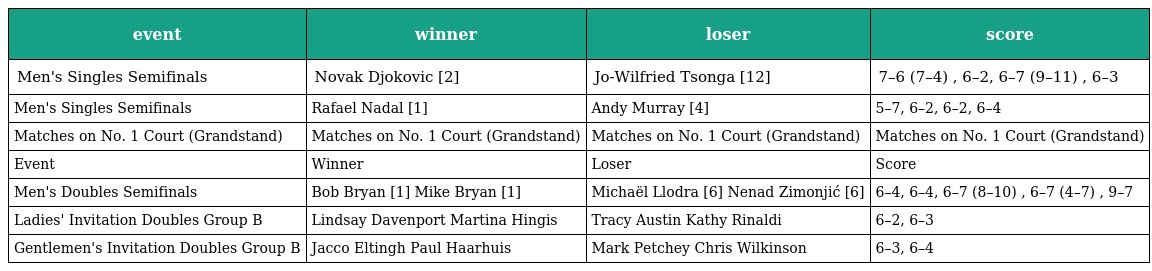
| event | winner | loser | score |
 | --- | --- | --- | --- |
 | Men's Singles Semifinals | Novak Djokovic [2] | Jo-Wilfried Tsonga [12] | 7–6 (7–4) , 6–2, 6–7 (9–11) , 6–3 |
 | Men's Singles Semifinals | Rafael Nadal [1] | Andy Murray [4] | 5–7, 6–2, 6–2, 6–4 |
 | Matches on No. 1 Court (Grandstand) | Matches on No. 1 Court (Grandstand) | Matches on No. 1 Court (Grandstand) | Matches on No. 1 Court (Grandstand) |
 | Event | Winner | Loser | Score |
 | Men's Doubles Semifinals | Bob Bryan [1] Mike Bryan [1] | Michaël Llodra [6] Nenad Zimonjić [6] | 6–4, 6–4, 6–7 (8–10) , 6–7 (4–7) , 9–7 |
 | Ladies' Invitation Doubles Group B | Lindsay Davenport Martina Hingis | Tracy Austin Kathy Rinaldi | 6–2, 6–3 |
 | Gentlemen's Invitation Doubles Group B | Jacco Eltingh Paul Haarhuis | Mark Petchey Chris Wilkinson | 6–3, 6–4 |